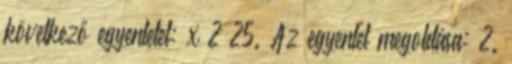
következő egyenletet: x 2 25. Az egyenlet megoldása: 2.